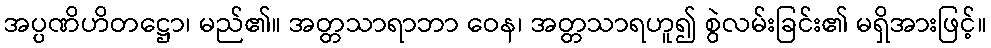
အပ္ပဏိဟိတဋ္ဌော၊ မည်၏။ အတ္တသာရာဘာ ဝေန၊ အတ္တသာရဟူ၍ စွဲလမ်းခြင်း၏ မရှိအားဖြင့်။